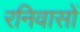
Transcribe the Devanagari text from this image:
रनिवासों